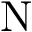
\mathrm { N }